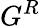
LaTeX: G^{R}